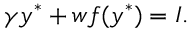
\gamma y ^ { * } + w f ( y ^ { * } ) = I .